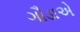
ગૌડાએ